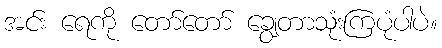
အင်း ရေကို တော်တော် ချွေတာသုံးကြပုံပါပဲ။